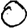
Digit: 0